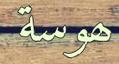
ھوسة